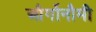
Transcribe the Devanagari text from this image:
और्गोनौमी